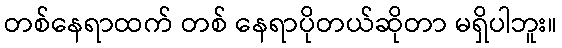
တစ်နေရာထက် တစ် နေရာပိုတယ်ဆိုတာ မရှိပါဘူး။